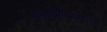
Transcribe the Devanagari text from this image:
सोडविण्‍याकरिता